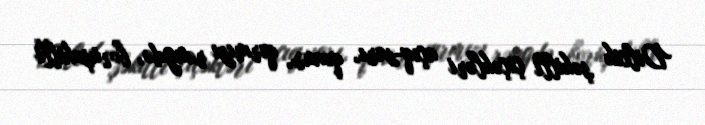
Dilcik şəkilli çiçəkləri açıq-sarı, qonur, qırmızı rəngdə, boruşəkilli